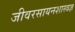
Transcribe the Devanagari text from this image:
जीवरसायनशास्त्रज्ञ